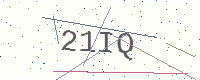
Text: 21IQ